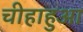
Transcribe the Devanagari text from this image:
चीहाहुआ